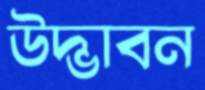
উদ্ভাবন